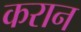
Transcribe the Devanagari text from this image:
करान